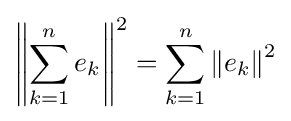
\left\|\sum _{k=1}^{n}e_{k}\right\|^{2}=\sum _{k=1}^{n}\left\|e_{k}\right\|^{2}